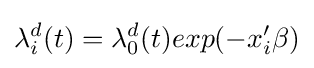
\lambda _{i}^{d}(t)=\lambda _{0}^{d}(t)exp(-x_{i}'\beta )